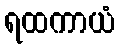
ရထကာယံ